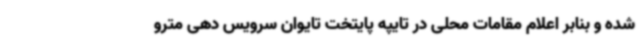
شده و بنابر اعلام مقامات محلی در تایپه پایتخت تایوان سرویس دهی مترو